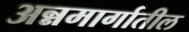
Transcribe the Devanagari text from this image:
अन्नमार्गातील